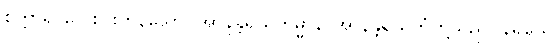
စတ္တာရိ၊ လေးပါးကုန်သော။ အာနန္တရိယကမ္မာနိ၊ အာနန္တရိယကံတို့သည်။ နိရယေ၊